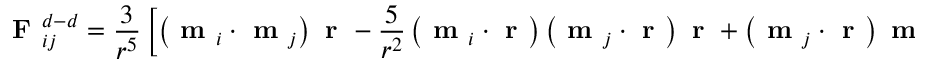
\textbf { F } _ { i j } ^ { d - d } = \frac { 3 } { r ^ { 5 } } \left[ \left( \textbf { m } _ { i } \cdot \textbf { m } _ { j } \right) \textbf { r } - \frac { 5 } { r ^ { 2 } } \left( \textbf { m } _ { i } \cdot \textbf { r } \right) \left( \textbf { m } _ { j } \cdot \textbf { r } \right) \textbf { r } + \left( \textbf { m } _ { j } \cdot \textbf { r } \right) \textbf { m } _ { i } + \left( \textbf { m } _ { i } \cdot \textbf { r } \right) \textbf { m } _ { j } \right]